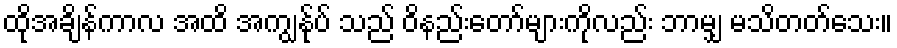
ထိုအချိန်ကာလ အထိ အကျွန်ုပ် သည် ဝိနည်းတော်များကိုလည်း ဘာမျှ မသိတတ်သေး။